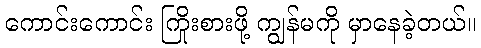
ကောင်းကောင်း ကြိုးစားဖို့ ကျွန်မကို မှာနေခဲ့တယ်။